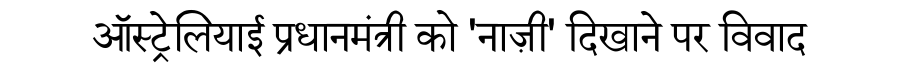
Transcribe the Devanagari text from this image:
ऑस्ट्रेलियाई प्रधानमंत्री को 'नाज़ी' दिखाने पर विवाद